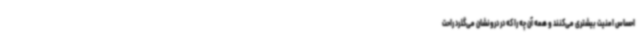
احساس امنیت بیشتری می‌کنند و همه آن چه را که در درونشان می‌گذرد راحت